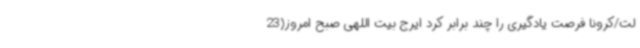
لت/کرونا فرصت یادگیری را چند برابر کرد ایرج بیت اللهی صبح امروز(23